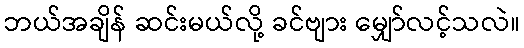
ဘယ်အချိန် ဆင်းမယ်လို့ ခင်ဗျား မျှော်လင့်သလဲ။